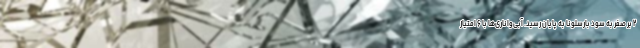
۲ بر صفر به سود بارسلونا به پایان رسید. آبی‌واناری‌ها با ۶ امتیاز